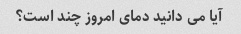
آیا می دانید دمای امروز چند است؟